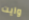
وايت